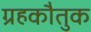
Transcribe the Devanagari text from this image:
ग्रहकौतुक